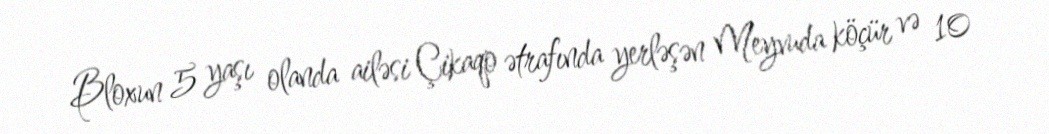
Bloxun 5 yaşı olanda ailəsi Çikaqo ətrafında yerləşən Meyvuda köçür və 10